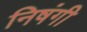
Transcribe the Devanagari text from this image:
निषंगी